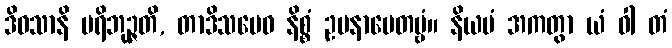
ဒိဝသာနိ ပရိဘုဉ္ဇတိ, တာဒိသမေဝ နိစ္စံ ဥပနာမေတဗ္ဗံ။ နိယမံ အကတွာ ယံ ဝါ တံ